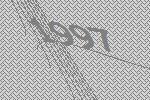
1997